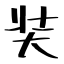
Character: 奘